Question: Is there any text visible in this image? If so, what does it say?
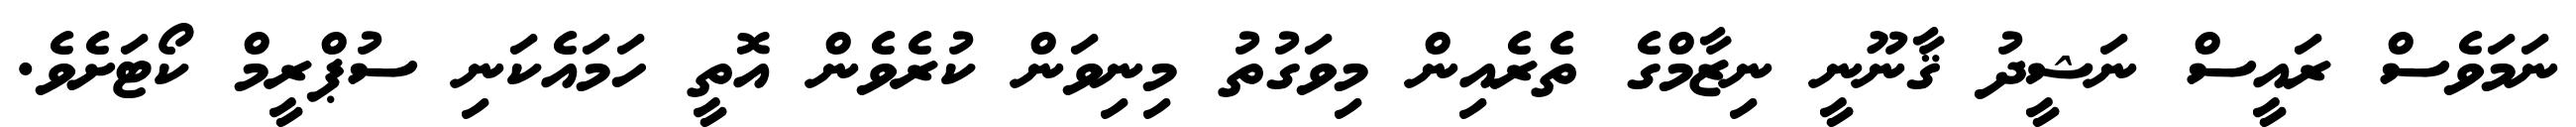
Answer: ނަމަވެސް ރައީސް ނަޝީދު ޤާނޫނީ ނިޒާމްގެ ތެރެއިން މިވަގުތު މިނިވަން ކުރެވެން އޮތީ ހަމައެކަނި ސުޕްރީމް ކޯޓަށެވެ.